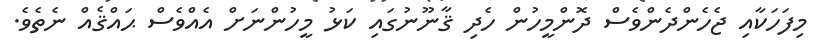
މިފަހަކާއި ޖެހެންދެންވެސް ދޮންމީހުން ހެދި ޤާނޫނުގައި ކަޅު މީހުންނަށް އެއްވެސް ޙައްޤެއް ނެތެވެ.